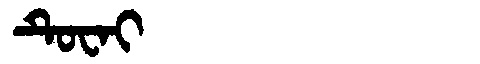
Manchu: ᡨᡠᠸᠠᡳ
Romanization: TUWAI